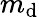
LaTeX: m_{\mathrm{d}}